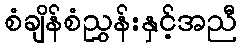
စံချိန်စံညွှန်းနှင့်အညီ